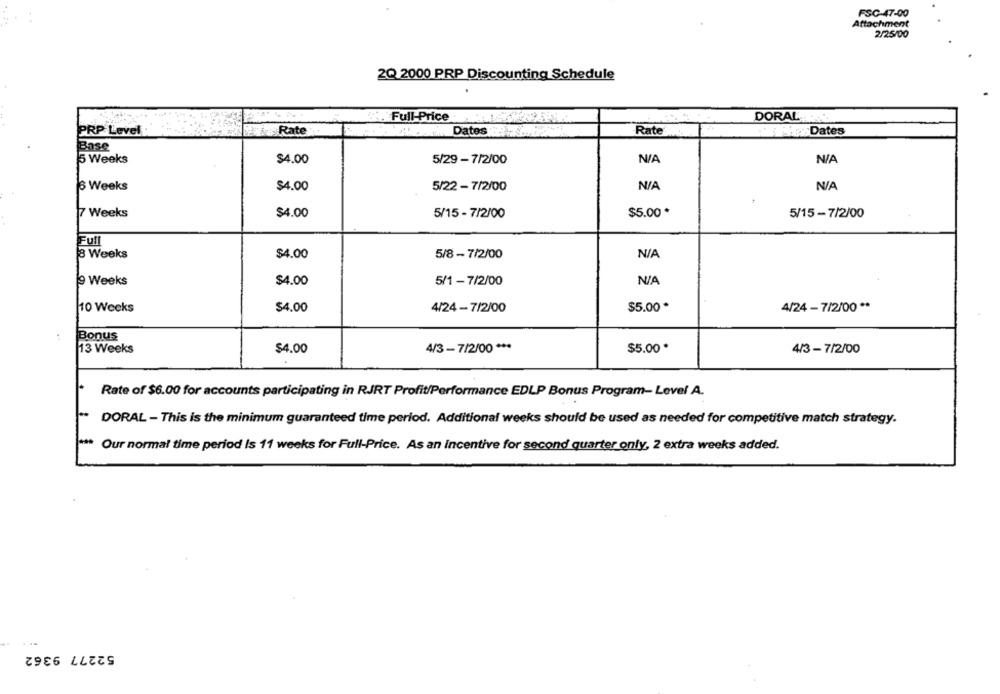
FSC-47-00
Attachment
2/25/00
2Q 2000 PRP Discounting Schedule
Full-Price
DORAL
PRP Level
Rate
Dates
Rate
:Dates
Base
5 Weeks
$4.00
5/29 - 7/2/00
6 Weeks
$4.00
5/22 - 7/2/00
7 Weeks
$4.00
5/15 - 7/2/00
$5.00 *
5/15-7/2/00
Full
3 Weeks
$4.00
5/8-7/2/00
9 Weeks
$4.00
5/1 -7/2/00
10 Weeks
$4.00
4/24 -7/2/00
$5.00 *
4/24 - 7/2/00 **
Bonus
13 Weeks
$4.00
4/3 -7/2/00 ***
$5.00 *
4/3-7/2/00
Rate of $6.00 for accounts participating in RJRT Profit/Performance EDLP Bonus Program- Level A.
DORAL - This is the minimum guaranteed time period. Additional weeks should be used as needed for competitive match strategy.
Our normal time period is 11 weeks for Full-Price. As an incentive for second quarter only, 2 extra weeks added.
52277 9362